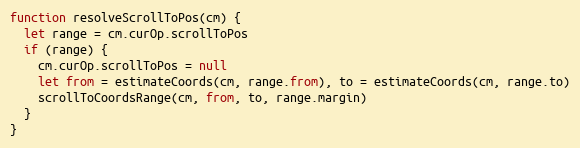
Language: JavaScript
function resolveScrollToPos(cm) {
  let range = cm.curOp.scrollToPos
  if (range) {
    cm.curOp.scrollToPos = null
    let from = estimateCoords(cm, range.from), to = estimateCoords(cm, range.to)
    scrollToCoordsRange(cm, from, to, range.margin)
  }
}